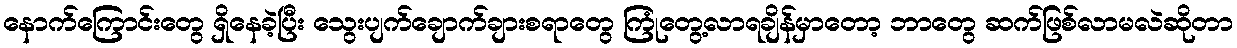
နောက်ကြောင်းတွေ ရှိနေခဲ့ပြီး သွေးပျက်ချောက်ချားစရာတွေ ကြုံတွေ့လာရချိန်မှာတော့ ဘာတွေ ဆက်ဖြစ်လာမလဲဆိုတာ